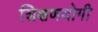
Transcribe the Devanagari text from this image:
शिक्षणयोगी